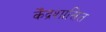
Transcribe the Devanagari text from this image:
केँद्रशासित